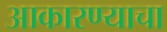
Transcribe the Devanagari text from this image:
आकारण्याचा